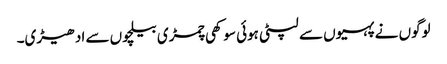
لوگوں نے پہیوں سے لپٹی ہوئی سوکھی چمڑی بیلچوں سے ادھیڑی۔